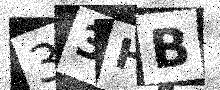
Text: 33HB